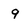
Character: 9